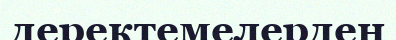
деректемелерден